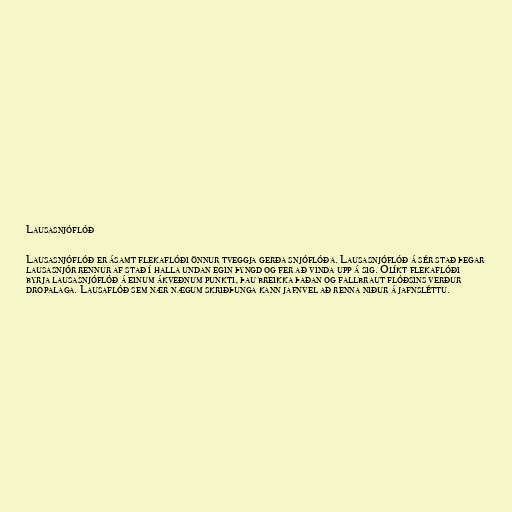
Lausasnjóflóð

Lausasnjóflóð er ásamt flekaflóði önnur tveggja gerða snjóflóða. Lausasnjóflóð á sér stað þegar
lausasnjór rennur af stað í halla undan egin þyngd og fer að vinda upp á sig. Ólíkt flekaflóði
byrja lausasnjóflóð á einum ákveðnum punkti, þau breikka þaðan og fallbraut flóðsins verður
dropalaga. Lausaflóð sem nær nægum skriðþunga kann jafnvel að renna niður á jafnsléttu.